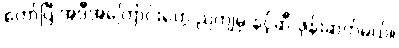
တော်ပြီ အဲဒီအကြောင်းတွေ ညကျမှ နင့်ဆီ ဖုန်းဆက်မယ်။